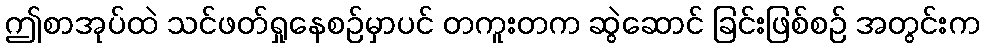
ဤစာအုပ်ထဲ သင်ဖတ်ရှုနေစဉ်မှာပင် တကူးတက ဆွဲဆောင် ခြင်းဖြစ်စဉ် အတွင်းက